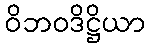
ဝိဘဝဒိဋ္ဌိယာ